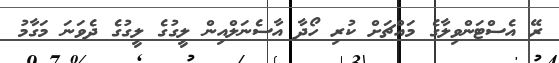
ރޭ އެސްޓަންވިލާގެ މައްޗަށް ކުރި ހޯދާ އާސެނަލްއިން ލީގުގެ ލީގުގެ ދެވަނަ މަގާމު